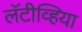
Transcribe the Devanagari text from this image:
लॅटीव्हिया